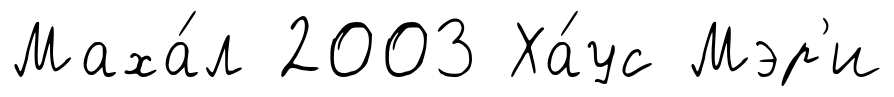
Маха́л 2003 Ха́ус Мэр'и